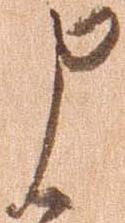
申